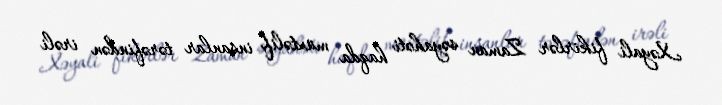
Xəyali fikirlər Zaman səyahəti haqda müxtəlif insanlar tərəfindən irəli